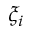
\xi _ { i }